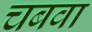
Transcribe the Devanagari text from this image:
चबवा